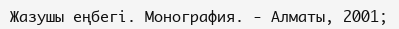
Жазушы еңбегі. Монография. - Алматы, 2001;